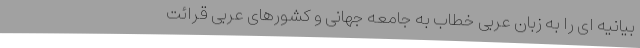
بیانیه ای را به زبان عربی خطاب به جامعه جهانی و کشورهای عربی قرائت